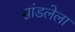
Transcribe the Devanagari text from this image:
सांडलेला